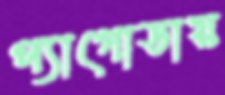
প্যাগোডায়